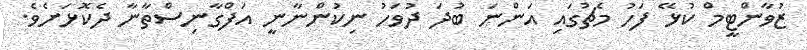
ޒުވާންޓީމް ކުޅޭ ފަހު މެޗުގައި އަންނަ ބުދަ ދުވަހު ނިކުންނާނީ އަފްގާނިސްތާނާ ދެކޮޅަށެވެ.